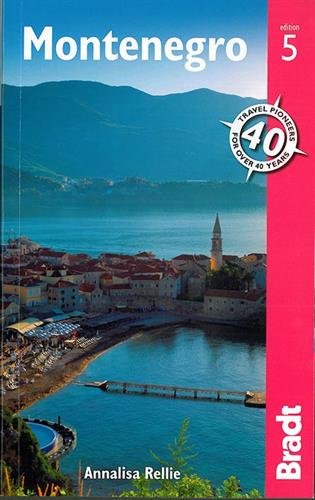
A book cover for Montenegro (Bradt Travel Guide); Annalisa Rellie; Travel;